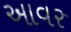
આવર